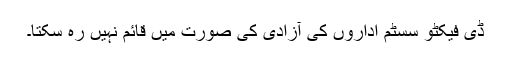
ڈی فیکٹو سسٹم اداروں کی آزادی کی صورت میں قائم نہیں رہ سکتا۔